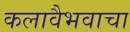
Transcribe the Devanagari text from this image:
कलावैभवाचा